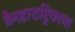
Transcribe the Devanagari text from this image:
त्रैमहाराष्ट्रिकाचा